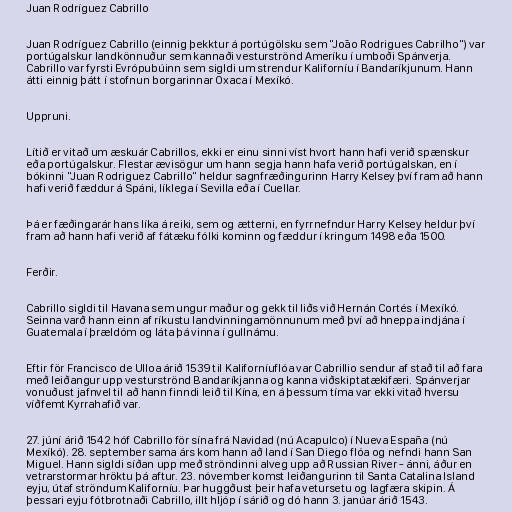
Juan Rodríguez Cabrillo

Juan Rodríguez Cabrillo (einnig þekktur á portúgölsku sem "João Rodrigues Cabrilho") var
portúgalskur landkönnuður sem kannaði vesturströnd Ameríku í umboði Spánverja.
Cabrillo var fyrsti Evrópubúinn sem sigldi um strendur Kaliforníu í Bandaríkjunum. Hann
átti einnig þátt í stofnun borgarinnar Oxaca í Mexíkó.

Uppruni.

Lítið er vitað um æskuár Cabrillos, ekki er einu sinni víst hvort hann hafi verið spænskur
eða portúgalskur. Flestar ævisögur um hann segja hann hafa verið portúgalskan, en í
bókinni "Juan Rodriguez Cabrillo" heldur sagnfræðingurinn Harry Kelsey því fram að hann
hafi verið fæddur á Spáni, líklega í Sevilla eða í Cuellar.

Þá er fæðingarár hans líka á reiki, sem og ætterni, en fyrrnefndur Harry Kelsey heldur því
fram að hann hafi verið af fátæku fólki kominn og fæddur í kringum 1498 eða 1500.

Ferðir.

Cabrillo sigldi til Havana sem ungur maður og gekk til liðs við Hernán Cortés í Mexíkó.
Seinna varð hann einn af ríkustu landvinningamönnunum með því að hneppa indjána í
Guatemala í þrældóm og láta þá vinna í gullnámu.

Eftir för Francisco de Ulloa árið 1539 til Kaliforníuflóa var Cabrillio sendur af stað til að fara
með leiðangur upp vesturströnd Bandaríkjanna og kanna viðskiptatækifæri. Spánverjar
vonuðust jafnvel til að hann finndi leið til Kína, en á þessum tíma var ekki vitað hversu
víðfemt Kyrrahafið var.

27. júní árið 1542 hóf Cabrillo för sína frá Navidad (nú Acapulco) í Nueva España (nú
Mexíkó). 28. september sama árs kom hann að land í San Diego flóa og nefndi hann San
Miguel. Hann sigldi síðan upp með ströndinni alveg upp að Russian River - ánni, áður en
vetrarstormar hröktu þá aftur. 23. nóvember komst leiðangurinn til Santa Catalina Island
eyju, útaf ströndum Kaliforníu. Þar huggðust þeir hafa vetursetu og lagfæra skipin. Á
þessari eyju fótbrotnaði Cabrillo, illt hljóp í sárið og dó hann 3. janúar árið 1543.